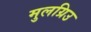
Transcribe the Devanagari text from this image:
मुलग्रिउ